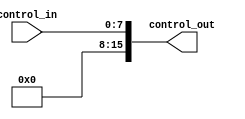
module nes_input (
	input	[7:0] control_in,
	output reg [15:0] control_out
);

	always @ (control_in)
		begin
			control_out = {8'b0, control_in};
		end

endmodule